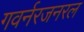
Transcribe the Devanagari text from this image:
गवर्नरजनरल